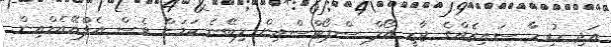
އަދި ހުރިހާ ސައިޒެއްގެ ޖާޒީ އޯލް ސްޕޯޓްސްއިން ލިބޭނެ ކަމަށް ވެސް އެފްއޭއެމްއިން